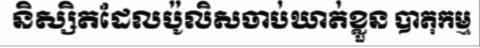
និស្សិតដែលប៉ូលិសចាប់ឃាត់ខ្លួន បាតុកម្ម